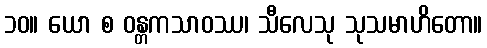
၁၀။ ယော စ ဝန္တကသာဝဿ၊ သီလေသု သုသမာဟိတော။